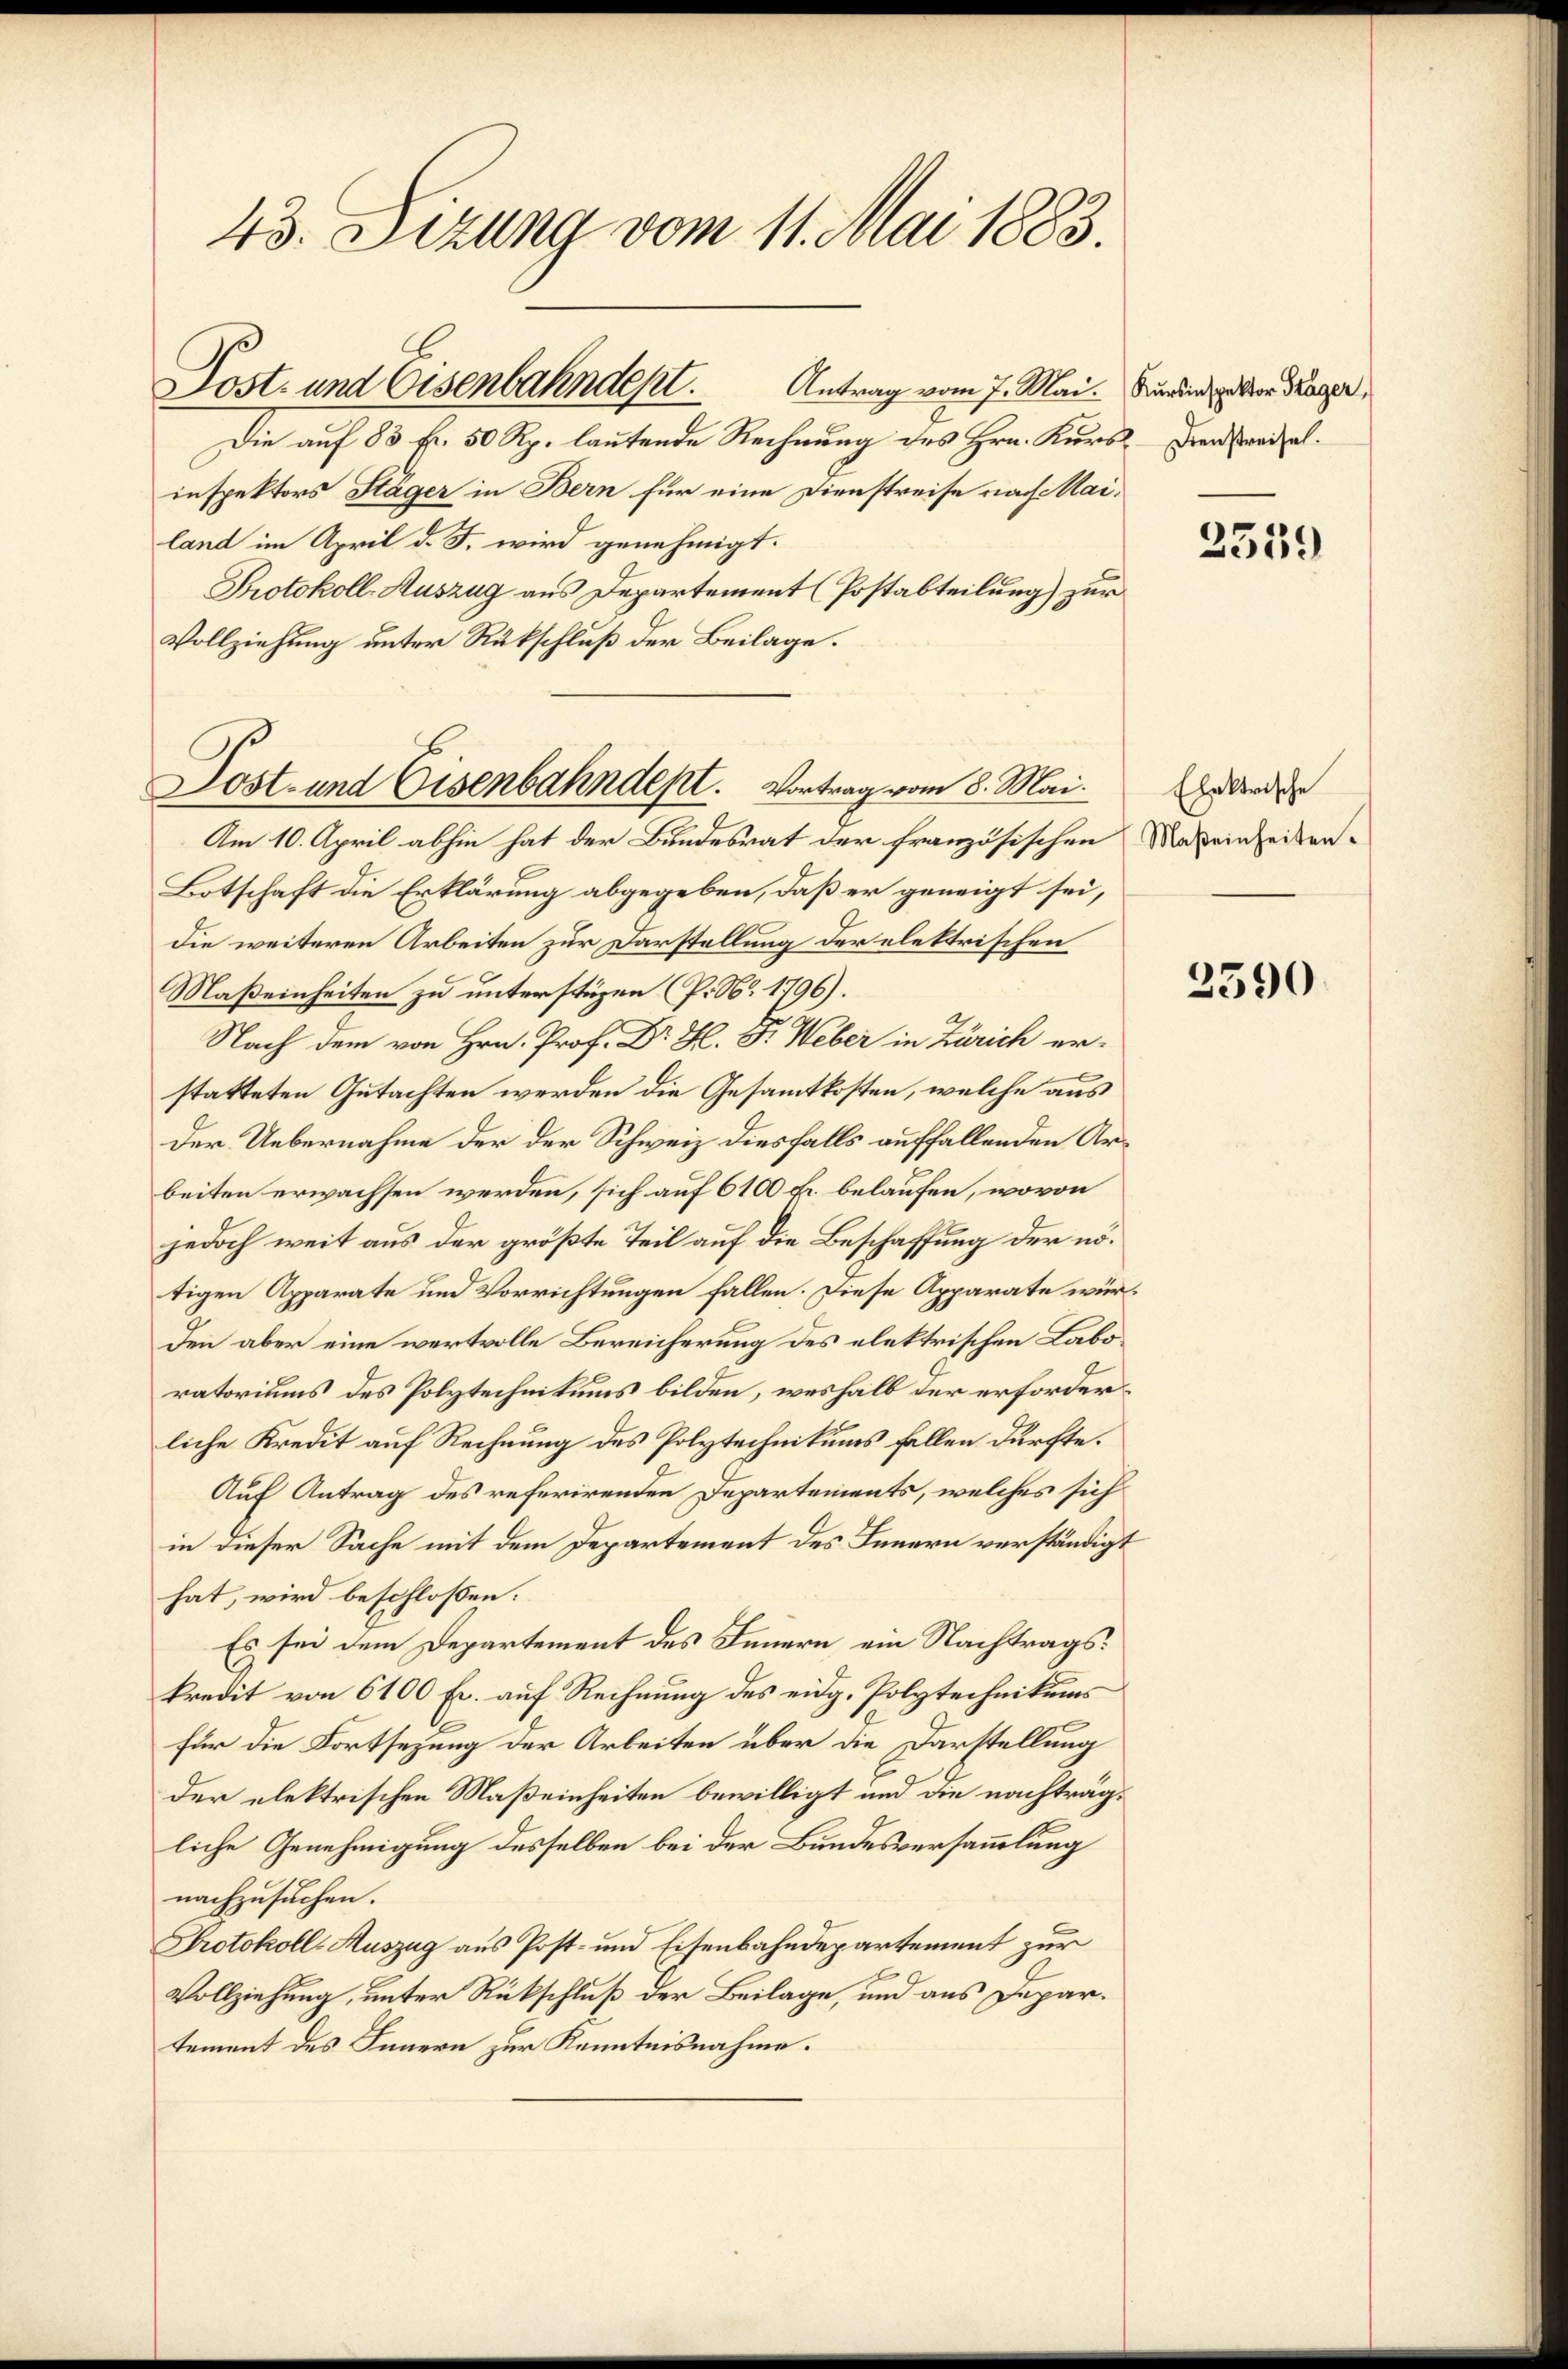
43. Sizung vom 11. Mai 1883.

Antrag vom 7. Mai.
Die auf 83 Fr. 50 Rp. lautende Rechnung des Hrn. Kurs
inspektors Stäger in Bern für eine Dienstreise nach Mai.
land im April d. J. wird genehmigt.
Protokoll-Auszug aus Departement (Postabteilung) zur
Vollziehung unter Rückschluß der Beilage.
Am 10. April abhin hat der Bundesrat der französischen
Botschaft die Erklärung abgegeben, daß er geneigt sei,
die weiteren Arbeiten zur Darstellung der elektrischen
Maßeinheiten zu unterstüzen (P. Nr. 1796).
Nach dem von Hrn. Prof. Dr H. Dr. Weber in Zürich er-
statteten Gutachten werden die Gesamtkosten, welche aus
der Uebernahme der der Schweiz diesfalls auffallenden Arbeiten erwachsen werden, sich auf 6100 Fr. belaufen, wovon
jedoch weit aus der größte Teil auf die Beschaffung der nötigen Apparate und Vorrichtungen fallen. Diese Apparate wie
den aber eine wertvolle Bereicherung des elektrischen Labo
ratoriums des Polytechnikums bilden, weshalb der erforder
liche Kredit auf Rechnung des Polytechnikums fallen dürfte.
Auf Antrag des referirenden Departements, welches sich
in dieser Sache mit dem Departement des Innern verständig
hat, wird beschlossen:
Es sei dem Departement des Innern ein Nachtragskredit von 6100 Fr. auf Rechnung des eidg. Polytechnikums
für die Fortsezung der Arbeiten über die Darstellung
der elektrischen Maßeinheiten bewilligt und die nachtrag
liche Genehmigung desselben bei der Bundesversammlung
nachzusuchen.
Protokoll-Auszug aus Post- und Eisenbahndepartement zur
Vollziehung, unter Rückschluß der Beilage, und aus Departement des Innern zur Kenntnisnahme.

Post- und Eisenbahndept.

Jost- und Eisenbahndept. Vortrag vom 8. Mai.

Kursinspektor Frager,
2 Dienstreisel.

2559

Elektrische
Maßeinheiten.

2590